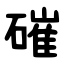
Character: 磪